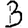
Digit: 3